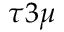
\tau 3 \mu